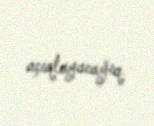
açıqlayacağıq.